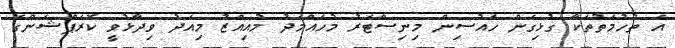
އެ ތުހުމަތުތަކާ ގުޅިގެން ހައުސިން މިނިސްޓަރު މުހައްމަދު މުއިއްޒު މިއަދު ވިދާޅުވީ ކޮރަޕްޝަންގެ